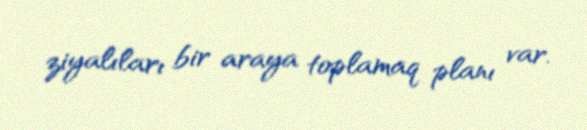
ziyalıları bir araya toplamaq planı var.